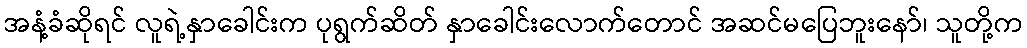
အနံ့ခံဆိုရင် လူရဲ့နှာခေါင်းက ပုရွက်ဆိတ် နှာခေါင်းလောက်တောင် အဆင်မပြေဘူးနော်၊ သူတို့က